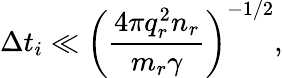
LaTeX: \Delta t_{i}\ll\left(\frac{4\pi q_{r}^{2}n_{r}}{m_{r}\gamma}\right)^{-1/2},